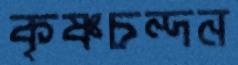
কৃষ্ণচন্দন